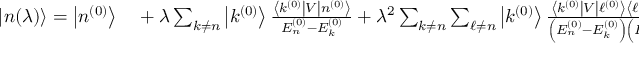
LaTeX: \begin{array} { r l } { | n ( \lambda ) \rangle = \left| n ^ { ( 0 ) } \right\rangle } & { { } + \lambda \sum _ { k \neq n } \left| k ^ { ( 0 ) } \right\rangle { \frac { \left\langle k ^ { ( 0 ) } \right| V \left| n ^ { ( 0 ) } \right\rangle } { E _ { n } ^ { ( 0 ) } - E _ { k } ^ { ( 0 ) } } } + \lambda ^ { 2 } \sum _ { k \neq n } \sum _ { \ell \neq n } \left| k ^ { ( 0 ) } \right\rangle { \frac { \left\langle k ^ { ( 0 ) } \right| V \left| \ell ^ { ( 0 ) } \right\rangle \left\langle \ell ^ { ( 0 ) } \right| V \left| n ^ { ( 0 ) } \right\rangle } { \left( E _ { n } ^ { ( 0 ) } - E _ { k } ^ { ( 0 ) } \right) \left( E _ { n } ^ { ( 0 ) } - E _ { \ell } ^ { ( 0 ) } \right) } } } \end{array}